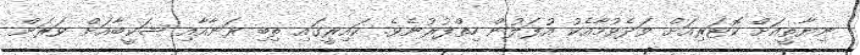
ނިޔާތީއަށް ކޮޓަރިއަށް ވަދެވުމާއެކު އުފަލުން ހިތްފުރުނެވެ. ކައިރީގައި ތިބި ރަނާއާއި ޝަކީބާއަށް ވަރަށް